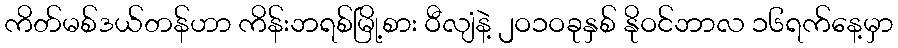
ကိတ်မစ်ဒယ်တန်ဟာ ကိန်းဘရစ်မြို့စား ဝီလျံနဲ့ ၂ဝ၁ဝခုနှစ် နိုဝင်ဘာလ ၁၆ရက်နေ့မှာ